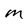
Character: M